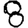
Digit: 8